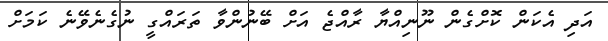
އަދި އެކަން ކޮށްގެން ނޫނިއްޔާ ރާއްޖެ އަށް ބޭނުންވާ ތަރައްގީ ނުގެނެވޭނެ ކަމަށް